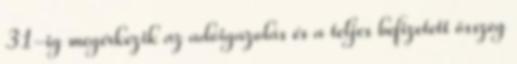
31-ig megérkezik az adóigazolás és a teljes befizetett összeg